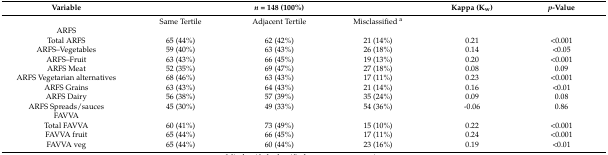
<table><thead><tr><td><b>Variable</b></td><td colspan="3"><b><i>n</i> = 148 (100%)</b></td><td><b>Kappa (K<sub>w</sub>)</b></td><td><b><i>p</i>-Value</b></td></tr></thead><tbody><tr><td></td><td>Same Tertile</td><td>Adjacent Tertile</td><td>Misclassified <sup>a</sup></td><td></td><td></td></tr><tr><td>ARFS</td><td></td><td></td><td></td><td></td><td></td></tr><tr><td>Total ARFS</td><td>65 (44%)</td><td>62 (42%)</td><td>21 (14%)</td><td>0.21</td><td>&lt;0.001</td></tr><tr><td>ARFS−Vegetables</td><td>59 (40%)</td><td>63 (43%)</td><td>26 (18%)</td><td>0.14</td><td>&lt;0.05</td></tr><tr><td>ARFS−Fruit</td><td>63 (43%)</td><td>66 (45%)</td><td>19 (13%)</td><td>0.20</td><td>&lt;0.001</td></tr><tr><td>ARFS Meat</td><td>52 (35%)</td><td>69 (47%)</td><td>27 (18%)</td><td>0.08</td><td>0.09</td></tr><tr><td>ARFS Vegetarian alternatives</td><td>68 (46%)</td><td>63 (43%)</td><td>17 (11%)</td><td>0.23</td><td>&lt;0.001</td></tr><tr><td>ARFS Grains</td><td>63 (43%)</td><td>64 (43%)</td><td>21 (14%)</td><td>0.16</td><td>&lt;0.01</td></tr><tr><td>ARFS Dairy</td><td>56 (38%)</td><td>57 (39%)</td><td>35 (24%)</td><td>0.09</td><td>0.08</td></tr><tr><td>ARFS Spreads/sauces</td><td>45 (30%)</td><td>49 (33%)</td><td>54 (36%)</td><td>-0.06</td><td>0.86</td></tr><tr><td>FAVVA</td><td></td><td></td><td></td><td></td><td></td></tr><tr><td>Total FAVVA</td><td>60 (41%)</td><td>73 (49%)</td><td>15 (10%)</td><td>0.22</td><td>&lt;0.001</td></tr><tr><td>FAVVA fruit</td><td>65 (44%)</td><td>66 (45%)</td><td>17 (11%)</td><td>0.24</td><td>&lt;0.001</td></tr><tr><td>FAVVA veg</td><td>65 (44%)</td><td>60 (44%)</td><td>23 (16%)</td><td>0.19</td><td>&lt;0.01</td></tr></tbody></table>